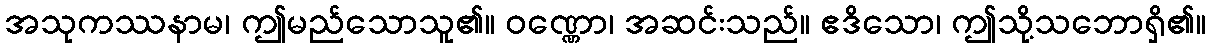
အသုကဿနာမ၊ ဤမည်သောသူ၏။ ဝဏ္ဏော၊ အဆင်းသည်။ ဧဒိသော၊ ဤသို့သဘောရှိ၏။